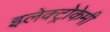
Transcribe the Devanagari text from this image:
इलेक्ट्रोकेमी